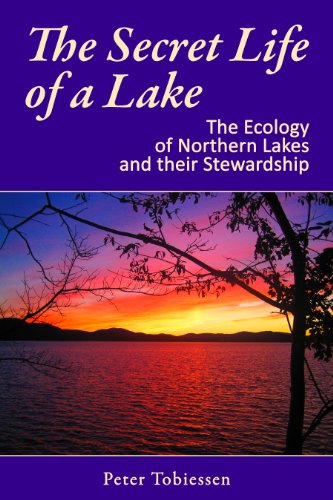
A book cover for The Secret Life of a Lake: The Ecology of Northern Lakes and their Stewardship; Peter Tobiessen; Science & Math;